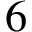
6